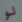
لو